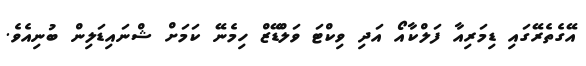
އޭގެތެރޭގައި ޑިމަރިއާ ފަލްކާއޯ އަދި ވިކްޓަ ވަލްޑޭޒް ހިމެނޭ ކަމަށް ޝްނައިޑަލިން ބުނިއެވެ.